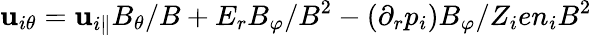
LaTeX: \mathbf{u}_{i\theta}=\mathbf{u}_{i\parallel}B_{\theta}/B+E_{r}B_{\varphi}/B^{2}-(\partial_{r}p_{i})B_{\varphi}/Z_{i}en_{i}B^{2}